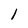
Character: 1